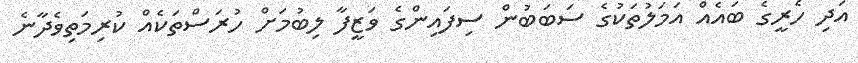
އަދި ހެރީގެ ބައެއް އަމަލުތަކުގެ ސަބަބުން ސިފައިންގެ ވަޒީފާ ލިބުމަށް ހުރަސްތަކެއް ކުރިމަތިވެދާނެ